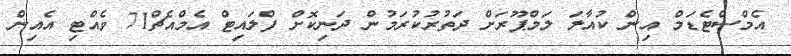
އެމްސްޓެޑަމް އިން ކުއާލަ ލަމްޕޫރަށް ދަތުރުކުރަމުން ދަނިކޮށް ފްލައިޓް އެމްއެޗް71 ވެއްޓި އެއިން